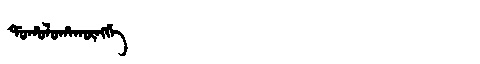
Manchu: ᡩᠣᡥᠣᠯᠣᡥᠠᡴᡡᠩᡤᡝ
Romanization: DOHOLOHAKŪNGGE